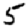
Digit: 5